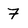
Character: 7